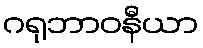
ဂရုဘာဝနီယာ